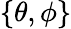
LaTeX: \{ \theta,\phi\}